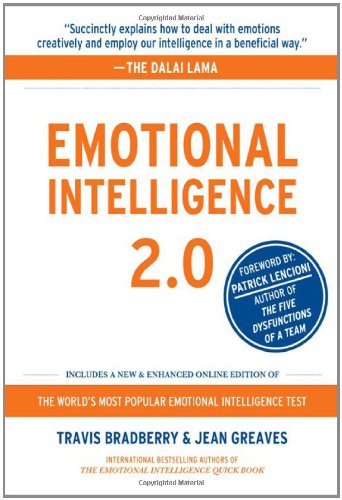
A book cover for Emotional Intelligence 2.0; Travis Bradberry; Self-Help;